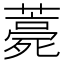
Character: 薧